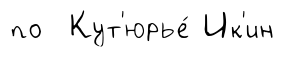
по Кут'юрье́ Ик'ин